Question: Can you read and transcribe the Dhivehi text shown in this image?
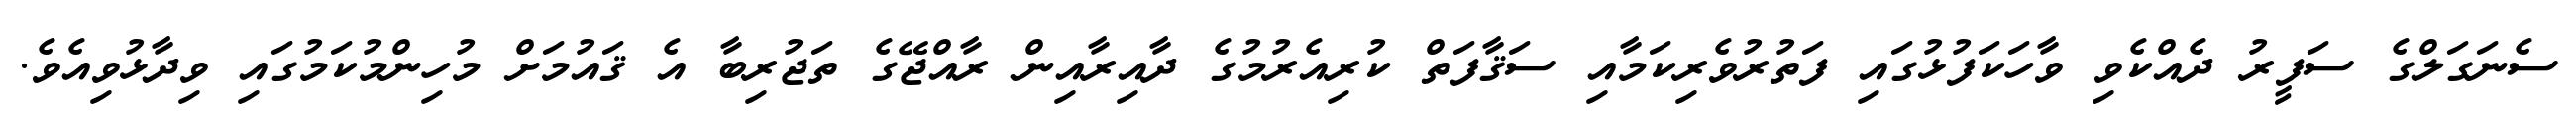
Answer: ސެނަގަލްގެ ސަފީރު ދެއްކެވި ވާހަކަފުޅުގައި ފަތުރުވެރިކަމާއި ސަޤާފަތް ކުރިއެރުމުގެ ދާއިރާއިން ރާއްޖޭގެ ތަޖުރިބާ އެ ޤައުމަށް މުހިންމުކަމުގައި ވިދާޅުވިއެވެ.